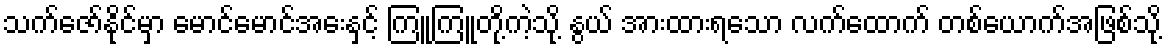
သက်ဇော်နိုင်မှာ မောင်မောင်အေးနှင့် ကြူကြူတို့ကဲ့သို့ နွယ် အားထားရသော လက်ထောက် တစ်ယောက်အဖြစ်သို့